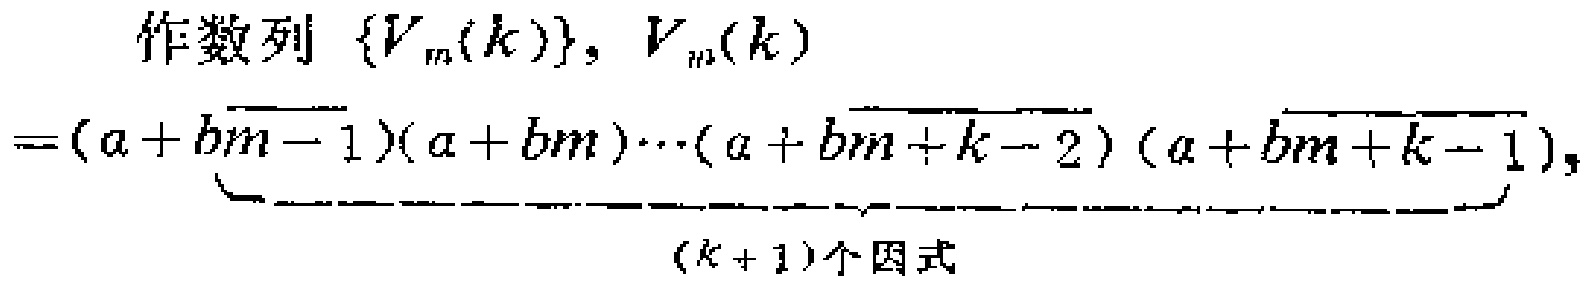
作数列 $\{V_{m}(k)\}, V_{m}(k)$
\[
=\underbrace{(a + b\overline{m - 1})(a + bm)\cdots(a + b\overline{m + k - 2})(a + b\overline{m + k - 1})}_{(k + 1)\text{个因式}}
\]